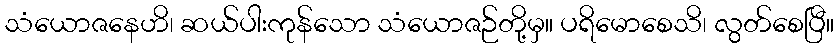
သံယောဇနေဟိ၊ ဆယ်ပါးကုန်သော သံယောဇဉ်တို့မှ။ ပရိမောစေသိ၊ လွတ်စေပြီ။